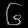
Digit: ၆